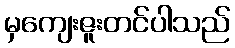
မှကျေးဇူးတင်ပါသည်